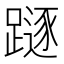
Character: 𨄃